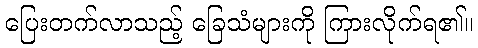
ပြေးတက်လာသည့် ခြေသံများကို ကြားလိုက်ရ၏။